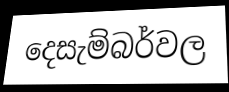
දෙසැම්බර්වල